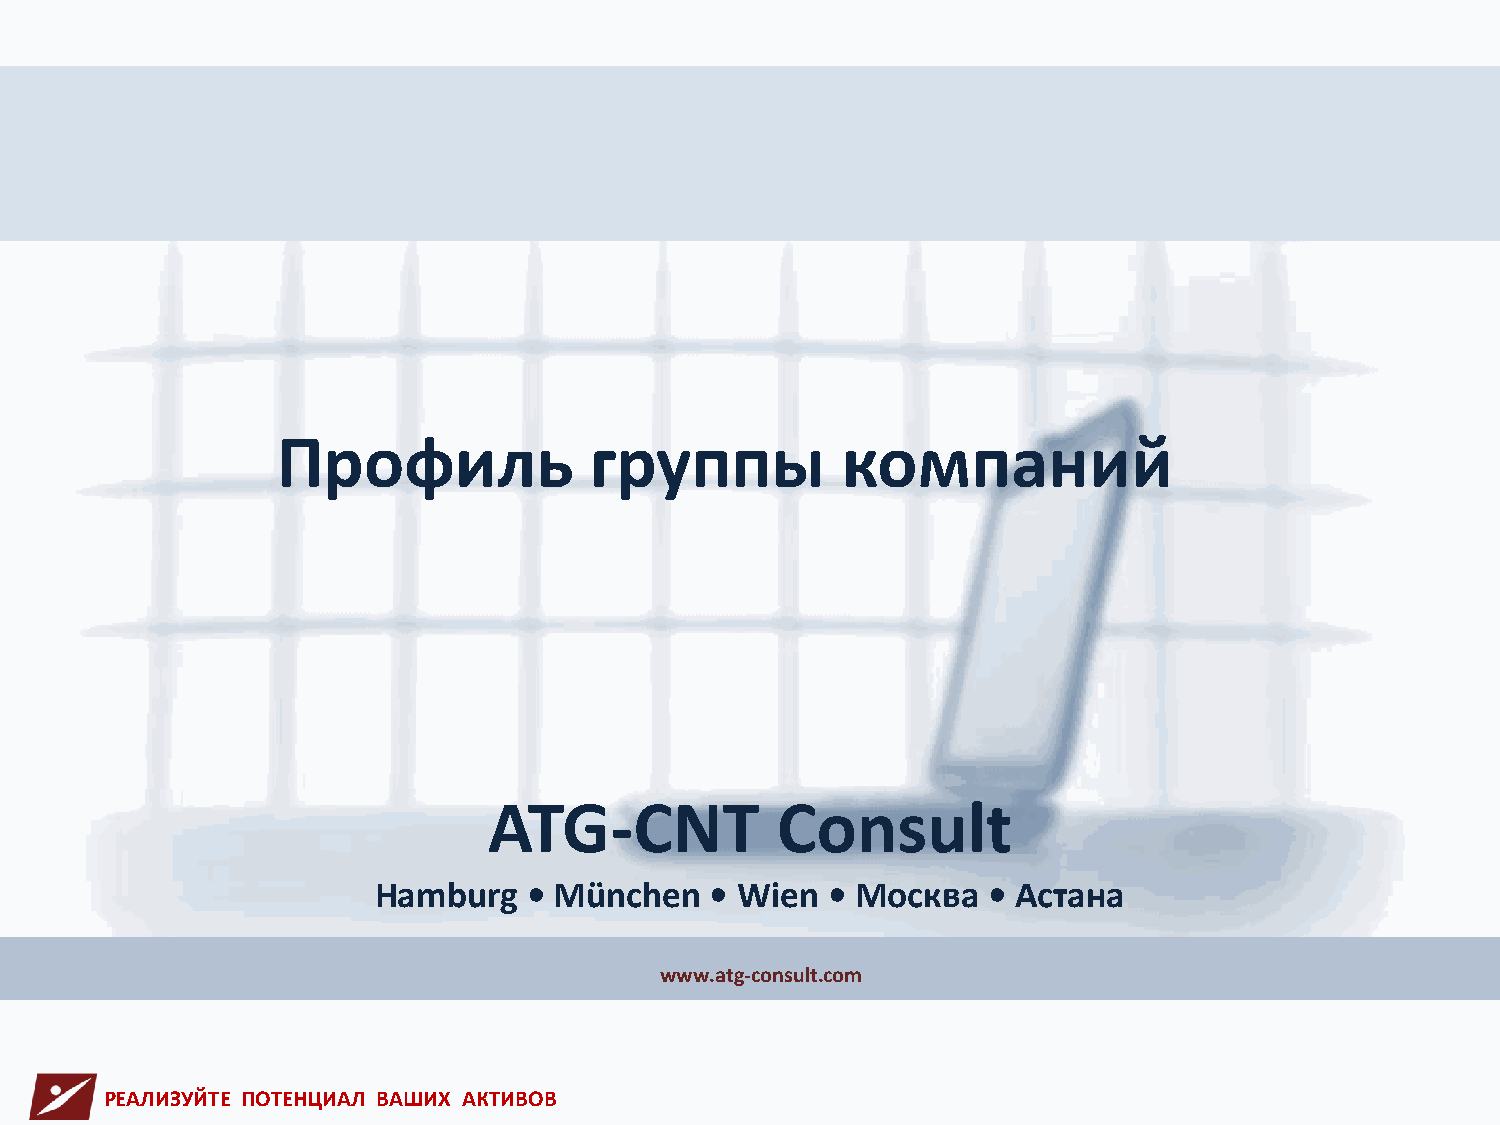
Профиль              группы           компаний
 ATG-CNT            Consult
 Hamburg   • München   • Wien  • Москва  • Астана
 www.atg-consult.com
 РЕАЛИЗУЙТЕ ПОТЕНЦИАЛ ВАШИХ АКТИВОВ